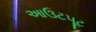
આઉટપૂટ